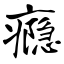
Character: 瘾